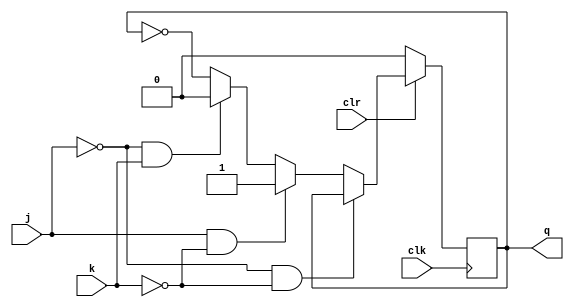
module jkff(j, k, clr, clk, q);
    output reg q;
    input j, k, clr, clk;
    initial
        q = 1'b0;
    always @(posedge clk) begin
        if(!clr) q <= 0;
        else begin
            if(j == 0 && k == 0) q <= q;
            else if(j == 1 && k == 0) q <= 1;
            else if(j == 0 && k == 1) q <= 0;
            else q <= ~q;
        end
    end
endmodule

module four_counter(clk, clr, q);
    input clk, clr;
    output [3:0] q;

    jkff j0(1'b1, 1'b1, clr, clk, q[0]);
    jkff j1(q[0], q[0], clr, clk, q[1]);
    jkff j2(q[0] & q[1], q[0] & q[1], clr, clk, q[2]);
    jkff j3(q[0] & q[1] & q[2], q[0] & q[1] & q[2], clr, clk, q[3]);
endmodule

module testbench;
    parameter n = 20;
    reg clk, rst;
    integer  i;
    wire [3:0] q;
    four_counter f(clk, rst, q);
    initial begin
        clk = 0;
        rst = 1;
        for( i = 0; i < n; i = i + 1) begin
            $display("q = ", q, " i = ", i);
            #2 clk = 1;
            #2 clk = 0;
        end
    end
endmodule